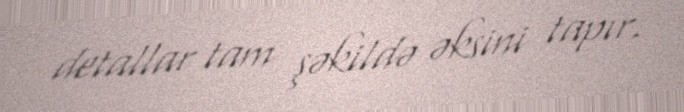
detallar tam şəkildə əksini tapır.